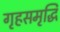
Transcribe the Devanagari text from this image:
गृहसमृद्धि